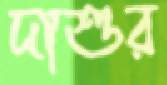
দাশুর